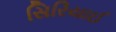
સિરિયાઈ